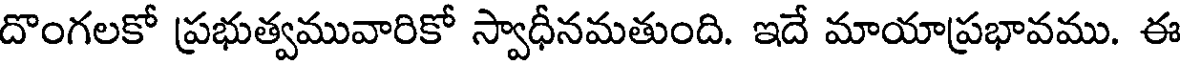
దొంగలకో ప్రభుత్వమువారికో స్వాధీనమతుంది. ఇదే మాయాప్రభావము. ఈ